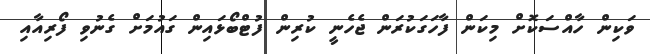
ވަކިން ހާއްސަކޮށް މިކަން ފާހަގަކުރަން ޖެހެނީ ކުރިން ފުޓްބޯޅައިން ގައުމަށް ގެނުވި ފޯރިއާއި